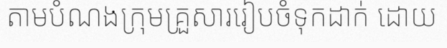
តាមបំណងក្រុមគ្រួសាររៀបចំទុកដាក់ ដោយ